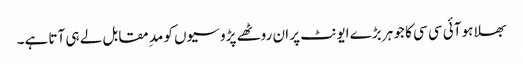
بھلا ہو آئی سی سی کا جو ہر بڑے ایونٹ پر ان روٹھے پڑوسیوں کو مد ِمقابل لے ہی آتا ہے۔